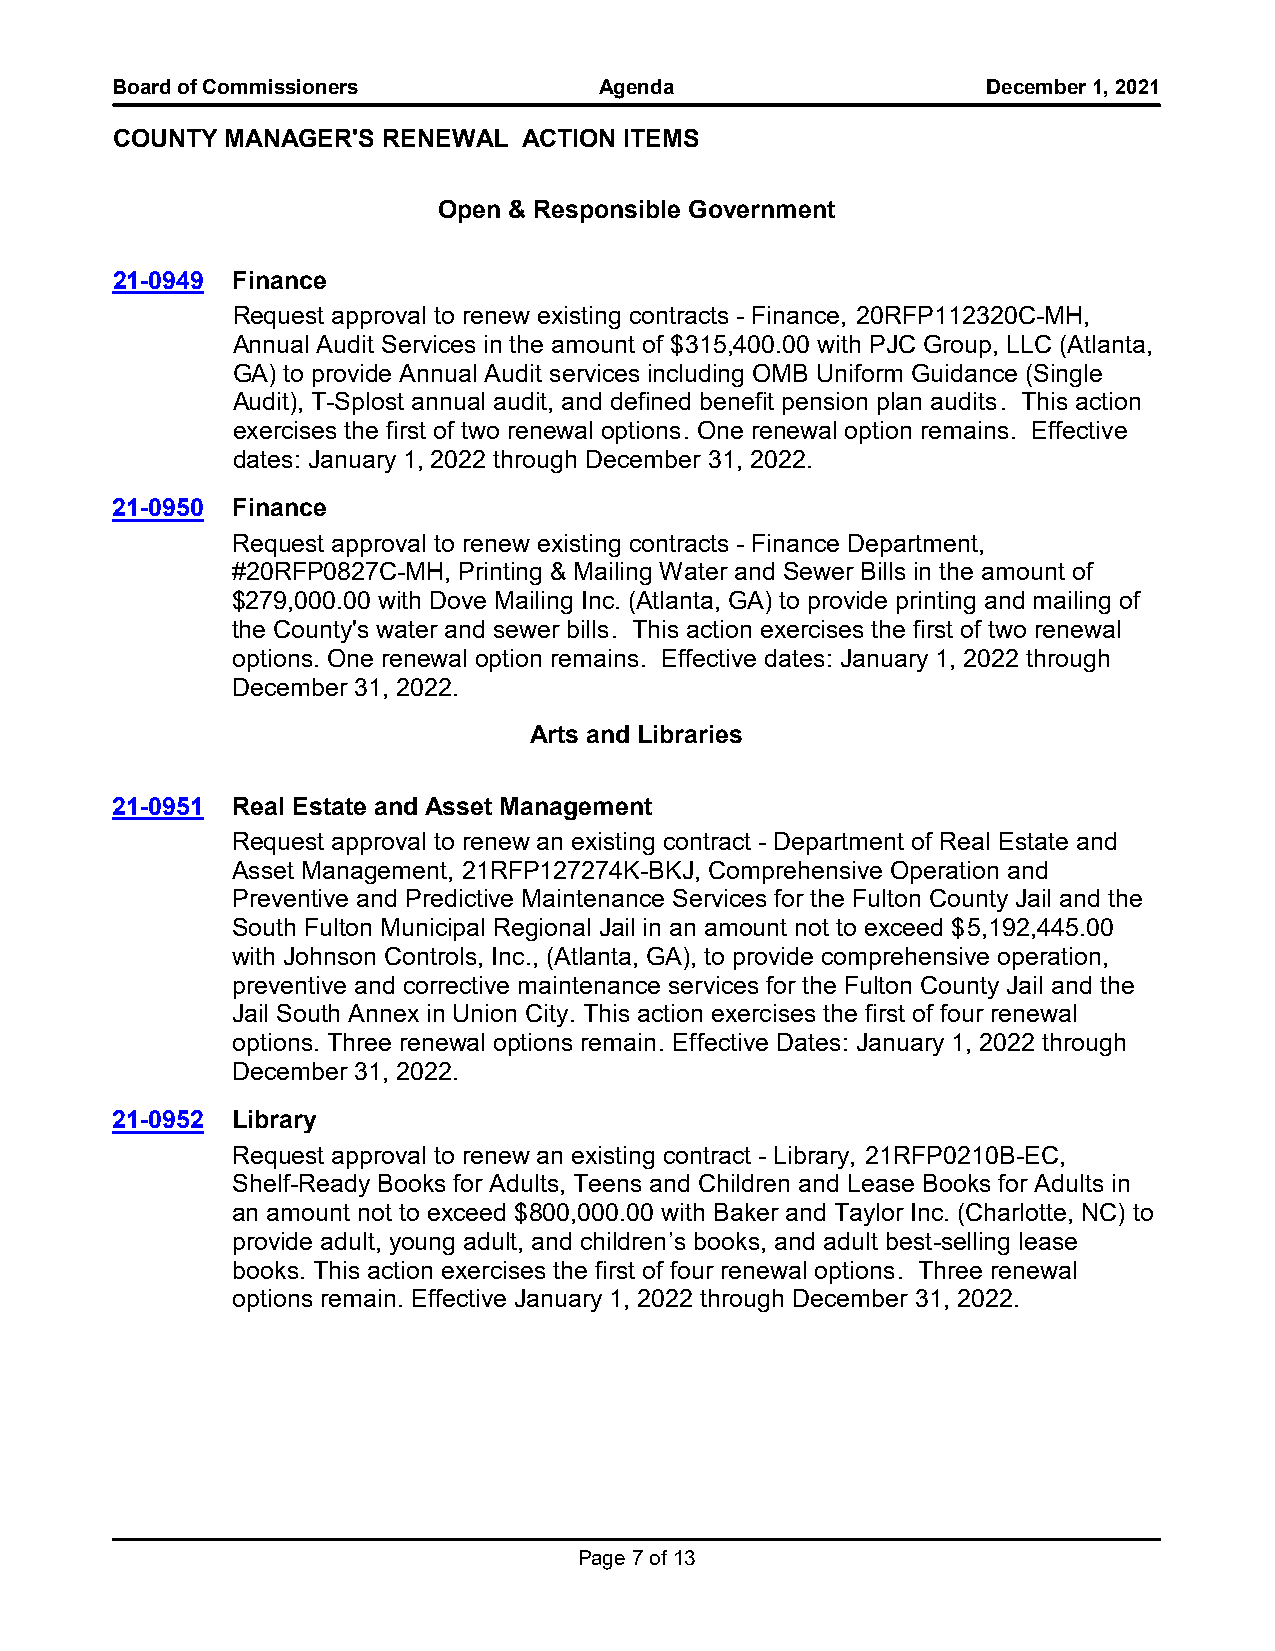
Board of Commissioners           Agenda                   December 1, 2021
 COUNTY  MANAGER'S RENEWAL   ACTION ITEMS
 Open & Responsible Government
 21-0949 Finance
 Request approval to renew existing contracts - Finance, 20RFP112320C-MH,
 Annual Audit Services in the amount of $315,400.00 with PJC Group, LLC (Atlanta,
 GA) to provide Annual Audit services including OMB Uniform Guidance (Single
 Audit), T-Splost annual audit, and defined benefit pension plan audits. This action
 exercises the first of two renewal options. One renewal option remains. Effective
 dates: January 1, 2022 through December 31, 2022.
 21-0950 Finance
 Request approval to renew existing contracts - Finance Department,
 #20RFP0827C-MH, Printing & Mailing Water and Sewer Bills in the amount of
 $279,000.00 with Dove Mailing Inc. (Atlanta, GA) to provide printing and mailing of
 the County's water and sewer bills. This action exercises the first of two renewal
 options. One renewal option remains. Effective dates: January 1, 2022 through
 December 31, 2022.
 Arts and Libraries
 21-0951 Real Estate and Asset Management
 Request approval to renew an existing contract - Department of Real Estate and
 Asset Management, 21RFP127274K-BKJ, Comprehensive Operation and
 Preventive and Predictive Maintenance Services for the Fulton County Jail and the
 South Fulton Municipal Regional Jail in an amount not to exceed $5,192,445.00
 with Johnson Controls, Inc., (Atlanta, GA), to provide comprehensive operation,
 preventive and corrective maintenance services for the Fulton County Jail and the
 Jail South Annex in Union City. This action exercises the first of four renewal
 options. Three renewal options remain. Effective Dates: January 1, 2022 through
 December 31, 2022.
 21-0952 Library
 Request approval to renew an existing contract - Library, 21RFP0210B-EC,
 Shelf-Ready Books for Adults, Teens and Children and Lease Books for Adults in
 an amount not to exceed $800,000.00 with Baker and Taylor Inc. (Charlotte, NC) to
 provide adult, young adult, and children’s books, and adult best-selling lease
 books. This action exercises the first of four renewal options. Three renewal
 options remain. Effective January 1, 2022 through December 31, 2022.
 Page 7 of 13